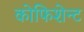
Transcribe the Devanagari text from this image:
कोफिशेन्ट